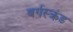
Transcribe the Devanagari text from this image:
बर्गस्क्रंड